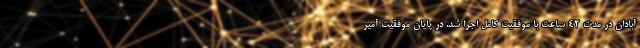
آبادان در مدت ۴۲ ساعت با موفقیت کامل اجرا شد. در پایان موفقیت آمیز